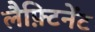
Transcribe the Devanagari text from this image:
लैफ़्टिनेंट